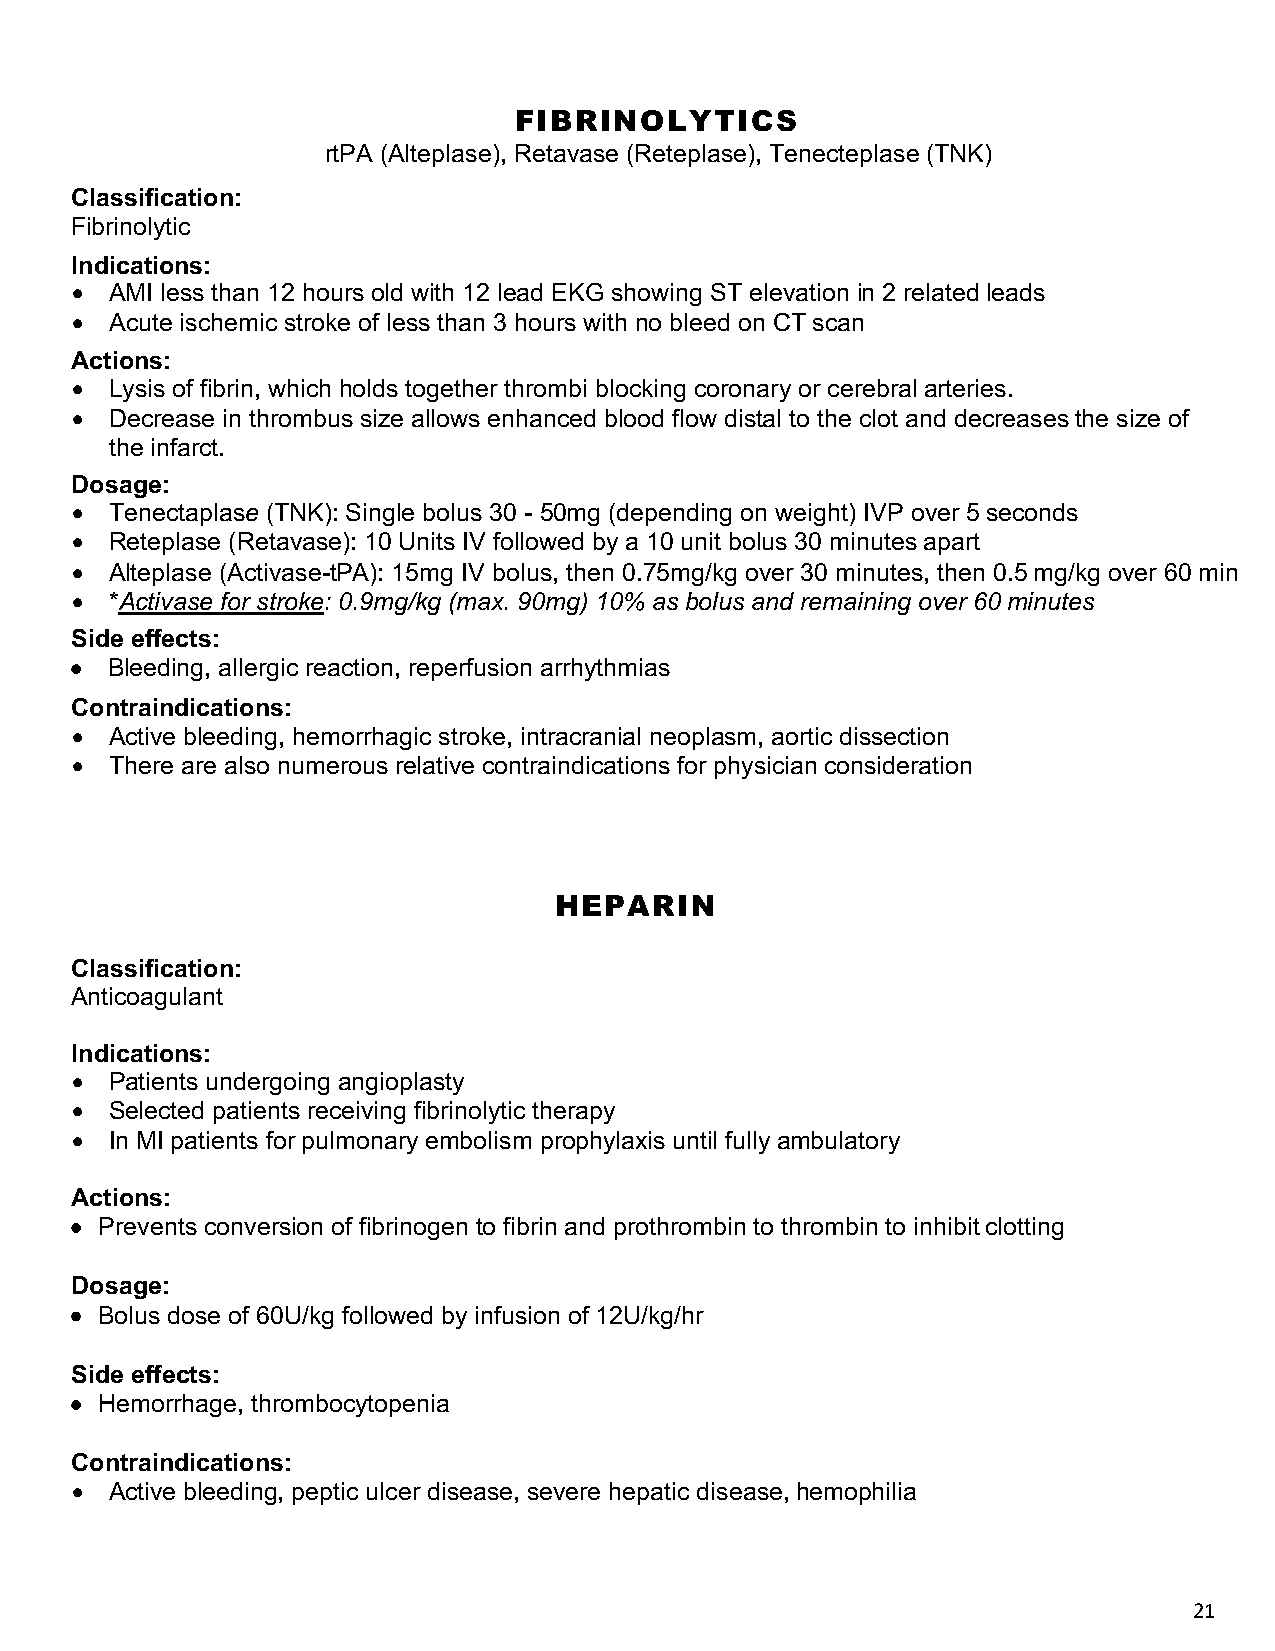
FIBRINOLYTICS
 rtPA (Alteplase), Retavase (Reteplase), Tenecteplase (TNK)
 Classification:
 Fibrinolytic
 Indications:
 • AMI less than 12 hours old with 12 lead EKG showing ST elevation in 2 related leads
 • Acute ischemic stroke of less than 3 hours with no bleed on CT scan
 Actions:
 • Lysis of fibrin, which holds together thrombi blocking coronary or cerebral arteries.
 • Decrease in thrombus size allows enhanced blood flow distal to the clot and decreases the size of
 the infarct.
 Dosage:
 • Tenectaplase (TNK): Single bolus 30 - 50mg (depending on weight) IVP over 5 seconds
 • Reteplase (Retavase): 10 Units IV followed by a 10 unit bolus 30 minutes apart
 • Alteplase (Activase-tPA): 15mg IV bolus, then 0.75mg/kg over 30 minutes, then 0.5 mg/kg over 60 min
 • *Activase for stroke: 0.9mg/kg (max. 90mg) 10% as bolus and remaining over 60 minutes
 Side effects:
 • Bleeding, allergic reaction, reperfusion arrhythmias
 Contraindications:
 • Active bleeding, hemorrhagic stroke, intracranial neoplasm, aortic dissection
 • There are also numerous relative contraindications for physician consideration
 HEPARIN
 Classification:
 Anticoagulant
 Indications:
 • Patients undergoing angioplasty
 • Selected patients receiving fibrinolytic therapy
 • In MI patients for pulmonary embolism prophylaxis until fully ambulatory
 Actions:
 • Prevents conversion of fibrinogen to fibrin and prothrombin to thrombin to inhibit clotting
 Dosage:
 • Bolus dose of 60U/kg followed by infusion of 12U/kg/hr
 Side effects:
 • Hemorrhage, thrombocytopenia
 Contraindications:
 • Active bleeding, peptic ulcer disease, severe hepatic disease, hemophilia
 21